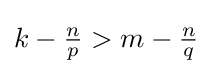
k-{\tfrac {n}{p}}>m-{\tfrac {n}{q}}